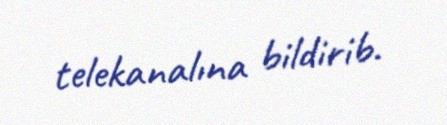
telekanalına bildirib.